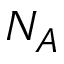
N _ { A }